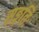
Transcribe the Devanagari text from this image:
सङ्गतिः